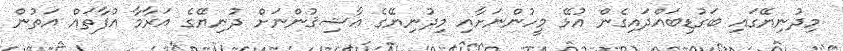
މިދުނިޔޭގައި ބަގުޑިބައްދައިގެން އުޅޭ މީހުންނަށާއި މިދުނިޔޭގެ ޢާޝިޤުންނަށް ދުނިޔޭގެ އަރާމާ އުފާތައް އަތުން